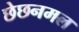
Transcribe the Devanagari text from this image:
छेछनमल